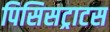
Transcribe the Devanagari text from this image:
पिसिसट्राटस